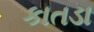
કાતડા